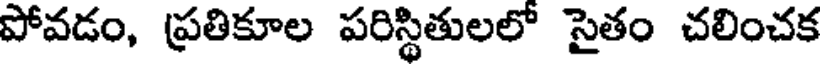
పోవడం, ప్రతికూల పరిస్థితులలో సైతం చలించక